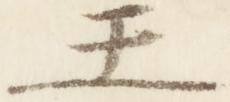
王